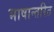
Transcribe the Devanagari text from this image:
भाषान्तरित